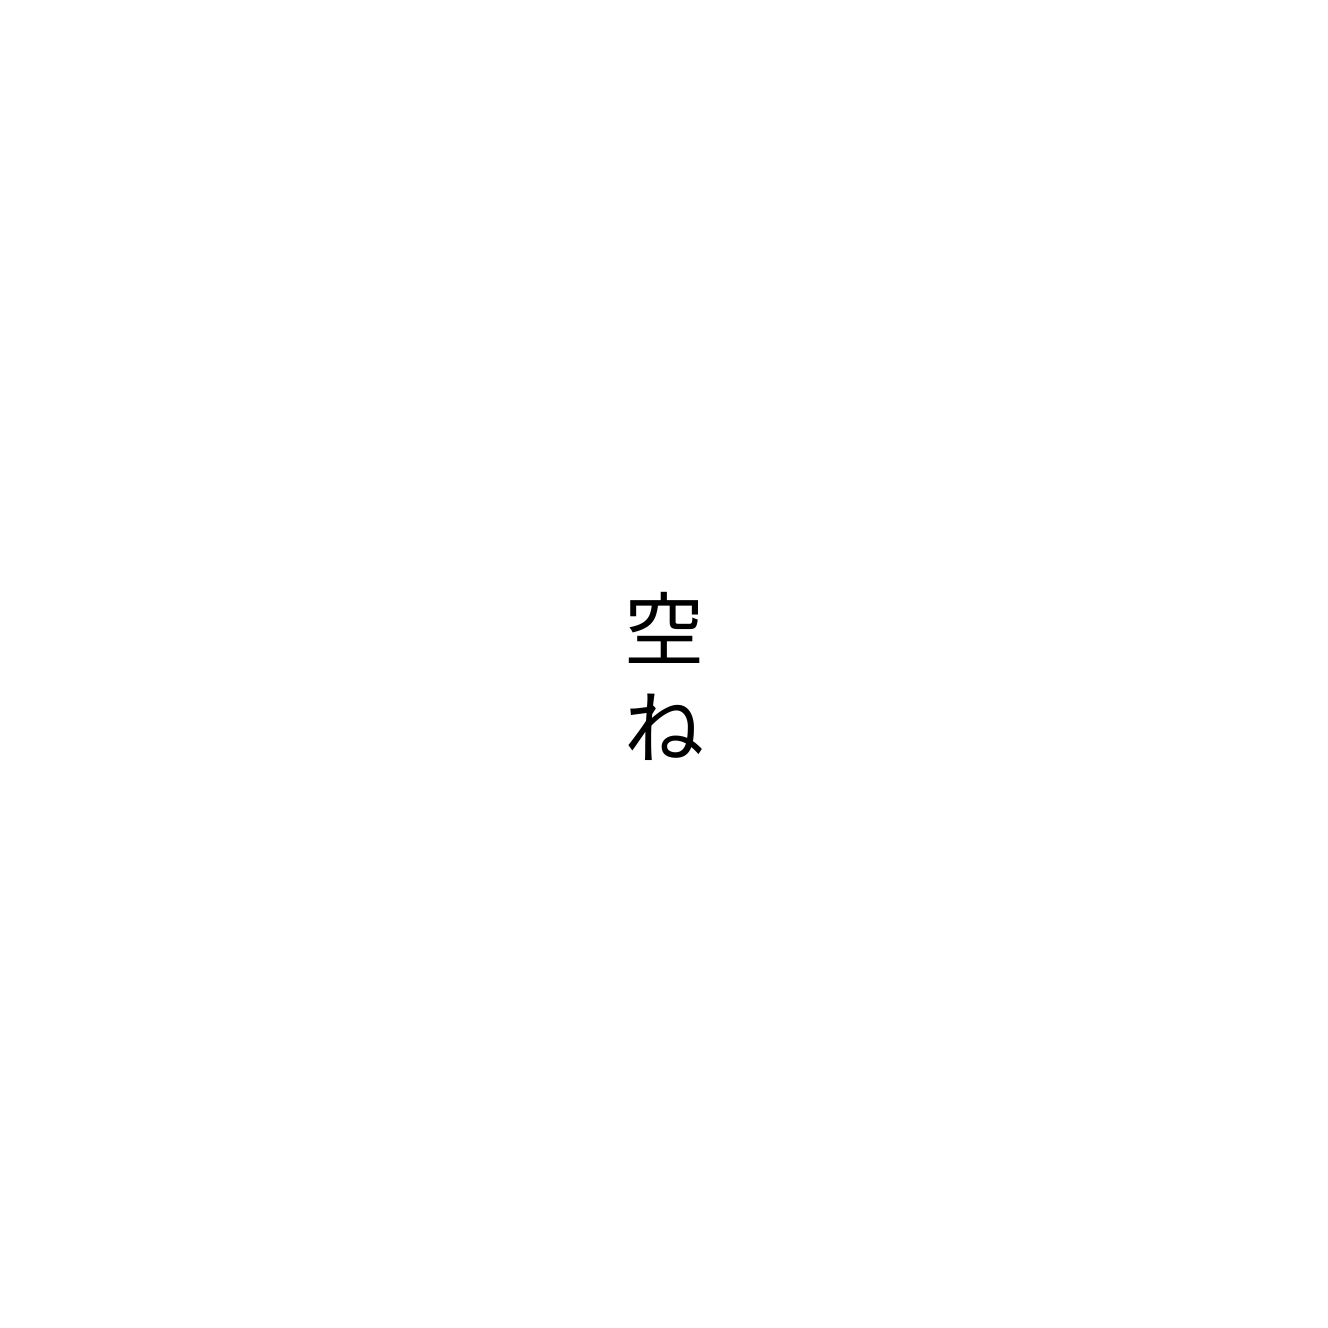
空ね